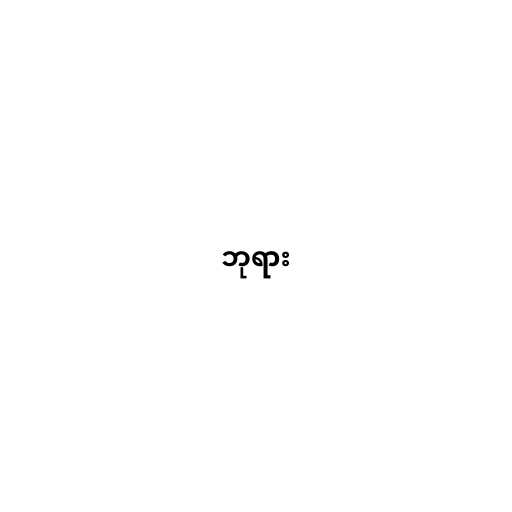
ဘုရား